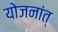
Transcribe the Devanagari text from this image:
योजनांत्‌